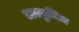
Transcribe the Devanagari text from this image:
अल्बुमिन